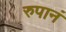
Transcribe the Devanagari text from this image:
रुपानं